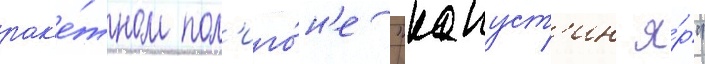
рак'е́тном пол'иго́н'е "капуст'ин я́р"